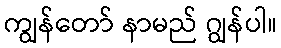
ကျွန်တော် နာမည် ဂျွန်ပါ။